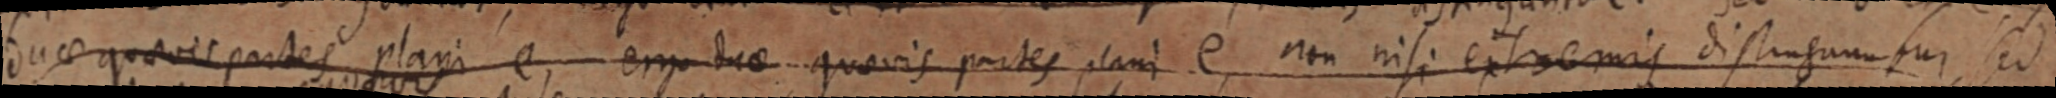
duae quaevis partes plani e, ergo duae quaevis partes plani e non nisi extremis distinguntur, sed